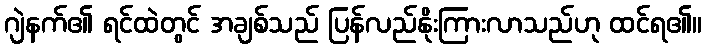
ဂျဲနက်၏ ရင်ထဲတွင် အချစ်သည် ပြန်လည်နိုးကြားလာသည်ဟု ထင်ရ၏။